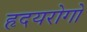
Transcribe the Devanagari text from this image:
हृदयरोगो